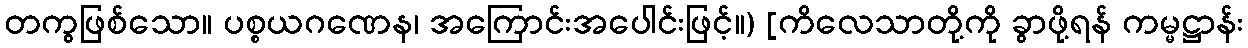
တကွဖြစ်သော။ ပစ္စယဂဏေန၊ အကြောင်းအပေါင်းဖြင့်။) [ကိလေသာတို့ကို ခွာဖို့ရန် ကမ္မဋ္ဌာန်း